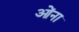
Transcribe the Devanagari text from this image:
ओंना